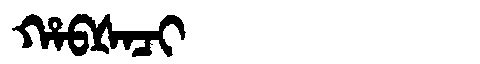
Manchu: ᡥᠠᠪᡧᠠᠴᡳ
Romanization: HABŠACI